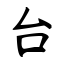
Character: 台